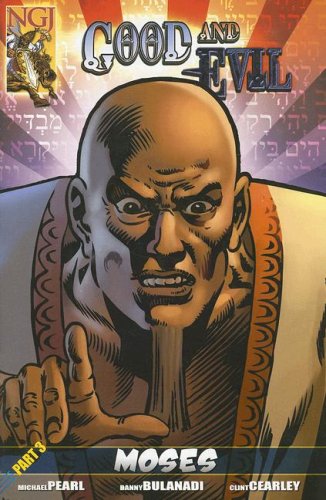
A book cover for Good and Evil Part 3 (No Greater Joy); Michael Pearl; Comics & Graphic Novels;